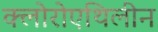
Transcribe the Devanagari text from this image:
क्लोरोएथिलीन